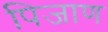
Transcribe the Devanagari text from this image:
पिजाण